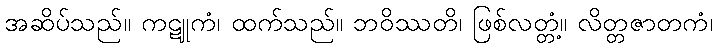
အဆိပ်သည်။ ကဋူကံ၊ ထက်သည်။ ဘဝိဿတိ၊ ဖြစ်လတ္တံ့။ လိတ္တဇာတကံ၊